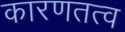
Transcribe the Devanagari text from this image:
कारणतत्व